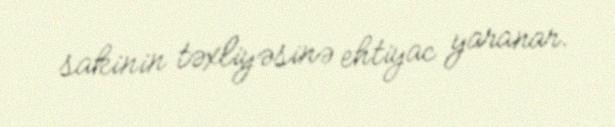
sakinin təxliyəsinə ehtiyac yaranar.